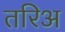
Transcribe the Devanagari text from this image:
तरिअ